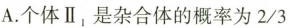
A.个体Ⅱ_{1}是杂合体的概率为2/3